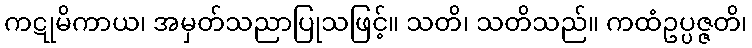
ကဋုမိကာယ၊ အမှတ်သညာပြုသဖြင့်။ သတိ၊ သတိသည်။ ကထံဥပ္ပဇ္ဇတိ၊